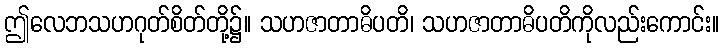
ဤလေဘသဟဂုတ်စိတ်တို့၌။ သဟဇာတာဓိပတိ၊ သဟဇာတာဓိပတိကိုလည်းကောင်း။